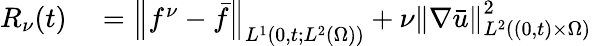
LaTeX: \begin{array}{rl}{R_{\nu}(t)}&{{}=\left\lVert f^{\nu}-\bar{f}\right\rVert_{L^{1}(0,t;L^{2}(\Omega))}+\nu\left\lVert\nabla\bar{u}\right\rVert_{L^{2}((0,t)\times\Omega)}^{2}}\end{array}